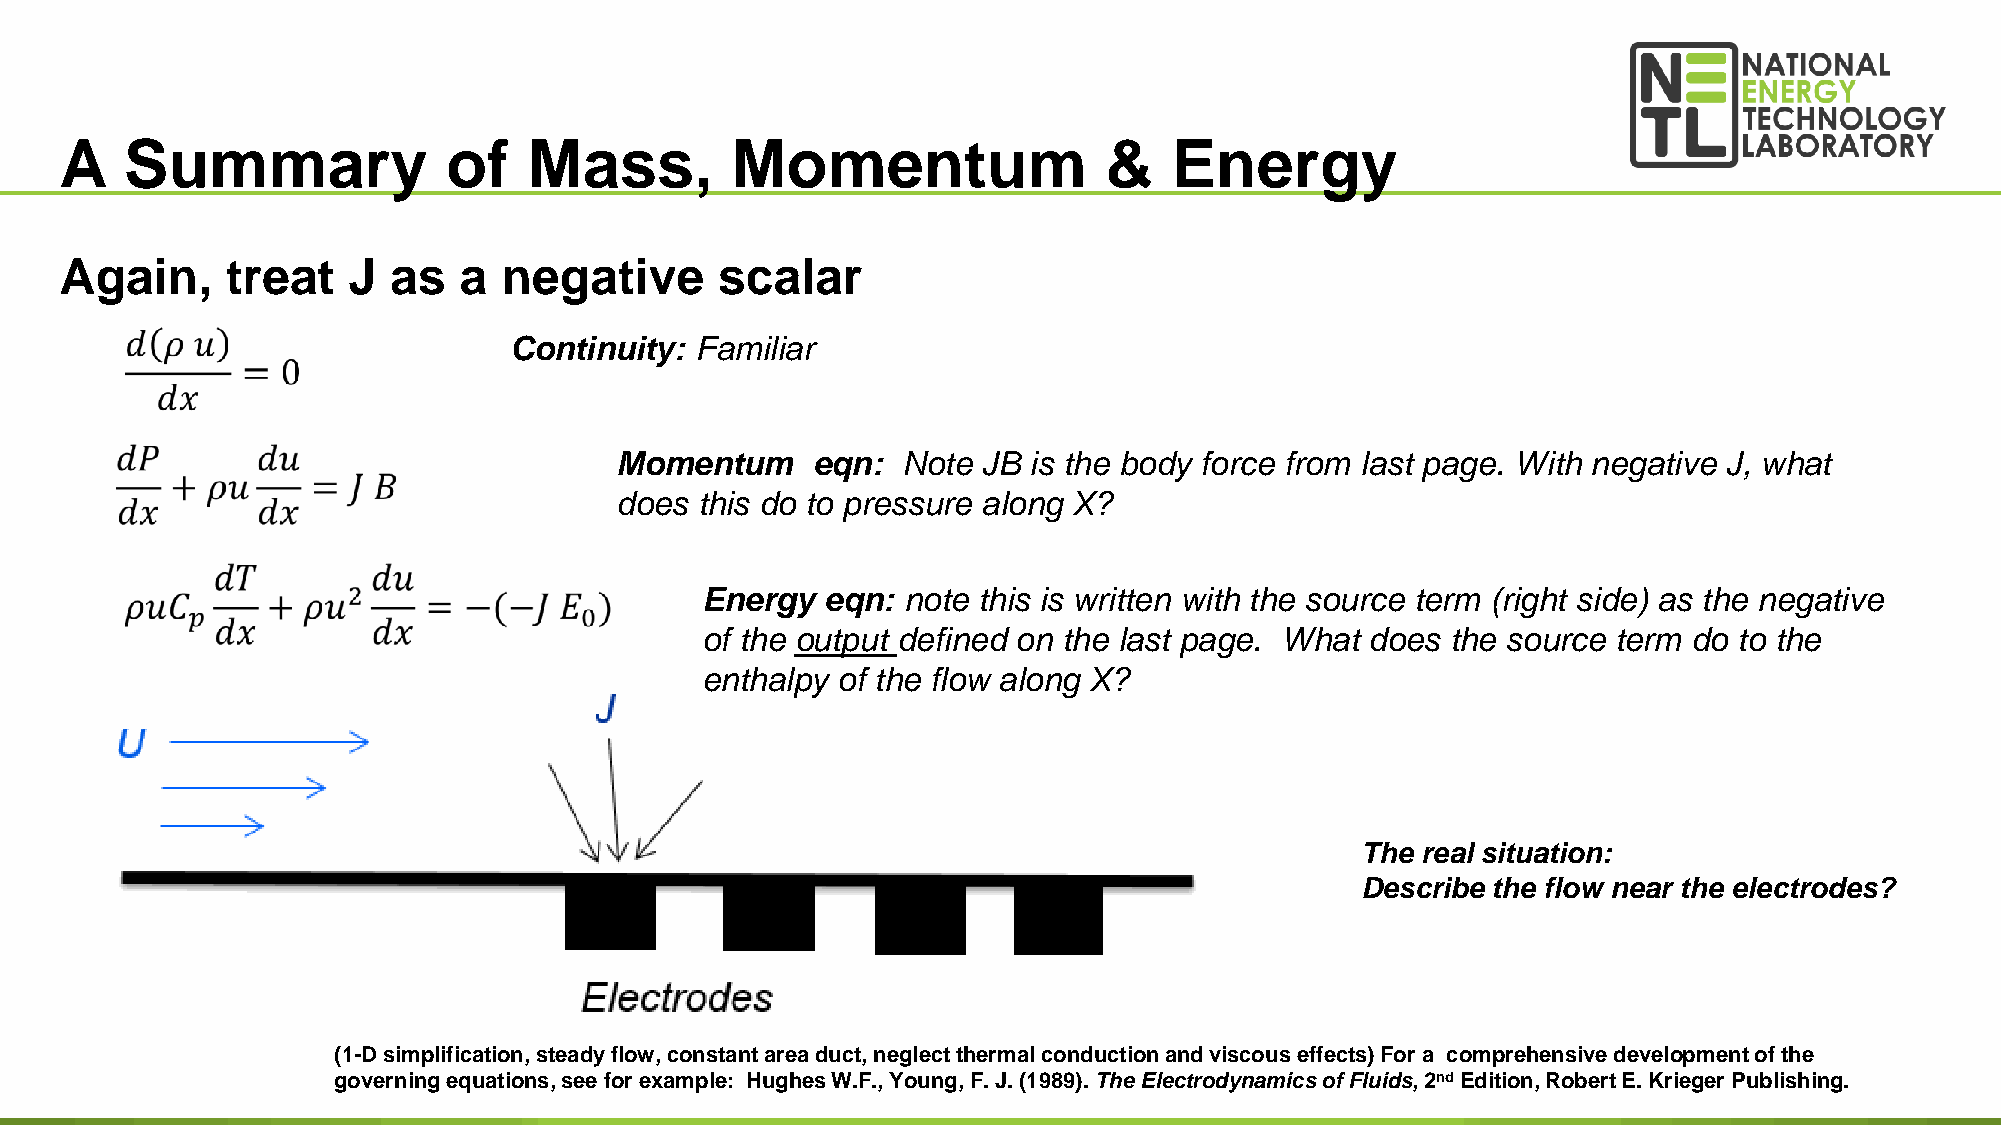
A   Summary               of   Mass,        Momentum                 &    Energy
 Again,     treat   J  as  a  negative       scalar
 Continuity: Familiar
 Momentum     eqn:  Note JB is the body force from last page. With negative J, what
 does this do to pressure along X?
 Energy   eqn: note this is written with the source term (right side) as the negative
 of the output defined on the last page. What does the source term do to the
 enthalpy of the flow along X?
 The real situation:
 Describe the flow near the electrodes?
 (1-D simplification, steady flow, constant area duct, neglect thermal conduction and viscous effects) For a comprehensive development of the
 28
 governing equations, see for example: Hughes W.F., Young, F. J. (1989). The Electrodynamics of Fluids, 2ndEdition, Robert E. Krieger Publishing.